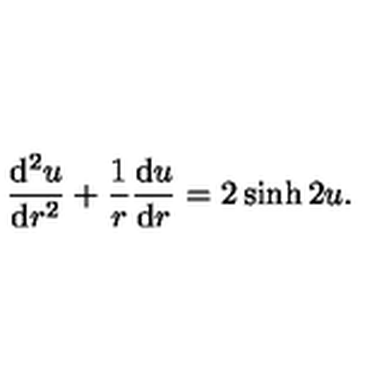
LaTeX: \frac { \mathrm { d } ^ { 2 } u } { \mathrm { d } r ^ { 2 } } + \frac { 1 } { r } \frac { \mathrm { d } u } { \mathrm { d } r } = 2 \sinh 2 u .